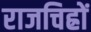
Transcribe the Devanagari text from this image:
राजचिह्रों